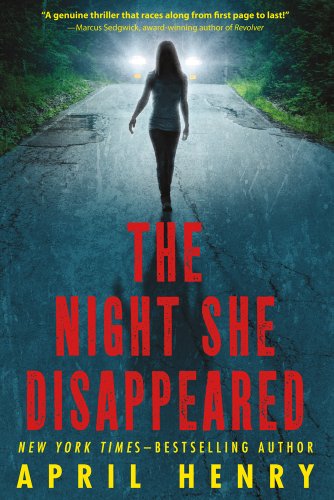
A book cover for The Night She Disappeared; April Henry; Teen & Young Adult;